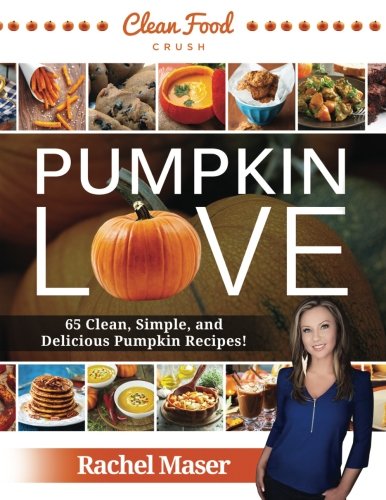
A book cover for Pumpkin Love - Autumn Clean Eating Cookbook - 65 Clean, Simple, and Delicious Pumpkin Recipes!; Rachel Maser; Cookbooks, Food & Wine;